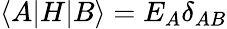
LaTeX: \langle A|H|B\rangle=E_{A}\delta_{AB}